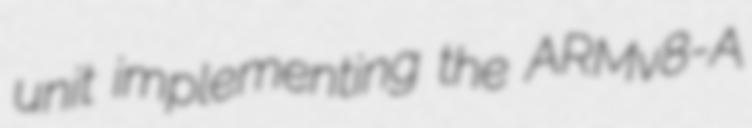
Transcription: unit implementing the ARMv8-A